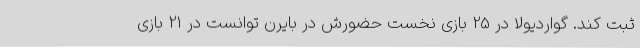
ثبت کند. گواردیولا در 25 بازی نخست حضورش در بایرن توانست در 21 بازی